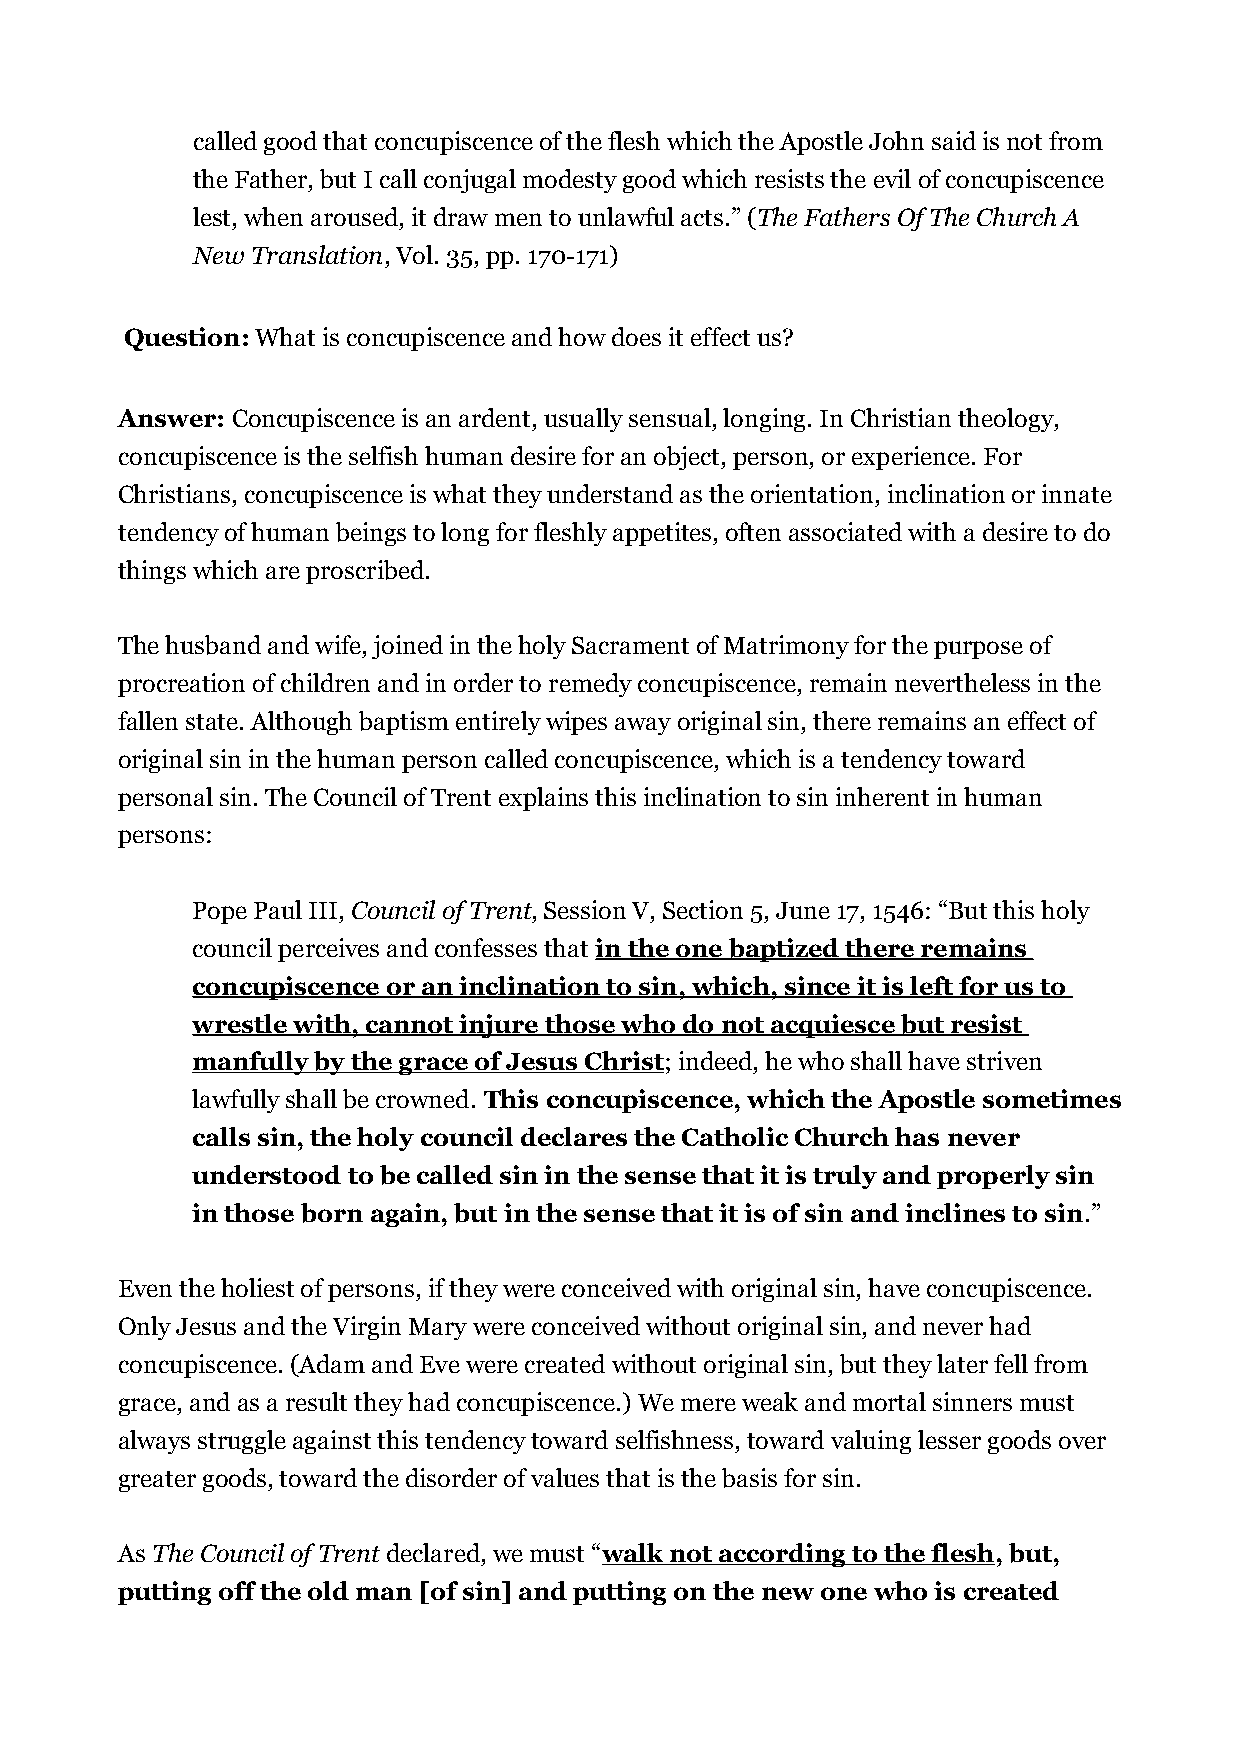
called good that concupiscence of the flesh which the Apostle John said is not from
 the Father, but I call conjugal modesty good which resists the evil of concupiscence
 lest, when aroused, it draw men to unlawful acts.” (The Fathers Of The Church A
 New Translation, Vol. 35, pp. 170-171)
 Question: What is concupiscence and how does it effect us?
 Answer: Concupiscence is an ardent, usually sensual, longing. In Christian theology,
 concupiscence is the selfish human desire for an object, person, or experience. For
 Christians, concupiscence is what they understand as the orientation, inclination or innate
 tendency of human beings to long for fleshly appetites, often associated with a desire to do
 things which are proscribed.
 The husband and wife, joined in the holy Sacrament of Matrimony for the purpose of
 procreation of children and in order to remedy concupiscence, remain nevertheless in the
 fallen state. Although baptism entirely wipes away original sin, there remains an effect of
 original sin in the human person called concupiscence, which is a tendency toward
 personal sin. The Council of Trent explains this inclination to sin inherent in human
 persons:
 Pope Paul III, Council of Trent, Session V, Section 5, June 17, 1546: “But this holy
 council perceives and confesses that in the one baptized there remains
 concupiscence or an inclination to sin, which, since it is left for us to
 wrestle with, cannot injure those who do not acquiesce but resist
 manfully by the grace of Jesus Christ; indeed, he who shall have striven
 lawfully shall be crowned. This concupiscence, which the Apostle sometimes
 calls sin, the holy council declares the Catholic Church has never
 understood to be called sin in the sense that it is truly and properly sin
 in those born again, but in the sense that it is of sin and inclines to sin.”
 Even the holiest of persons, if they were conceived with original sin, have concupiscence.
 Only Jesus and the Virgin Mary were conceived without original sin, and never had
 concupiscence. (Adam and Eve were created without original sin, but they later fell from
 grace, and as a result they had concupiscence.) We mere weak and mortal sinners must
 always struggle against this tendency toward selfishness, toward valuing lesser goods over
 greater goods, toward the disorder of values that is the basis for sin.
 As The Council of Trent declared, we must “walk not according to the flesh, but,
 putting off the old man [of sin] and putting on the new one who is created